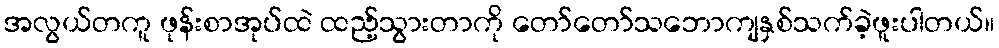
အလွယ်တကူ ဖုန်းစာအုပ်ထဲ ထည့်သွားတာကို တော်တော်သဘောကျနှစ်သက်ခဲ့ဖူးပါတယ်။